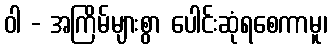
ဝါ - အကြိမ်များစွာ ပေါင်းဆုံရစေကာမူ၊